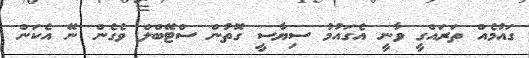
ގައުމެއް ތަރައްގީ ވާނީ އެގައުމު ސިޔާސީ ގޮތުން ސްޓޭބްލް ވެގެން ނޭ އެކަން